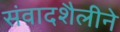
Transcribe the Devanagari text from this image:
संवादशैलीने